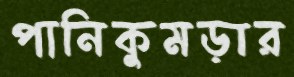
পানিকুমড়ার